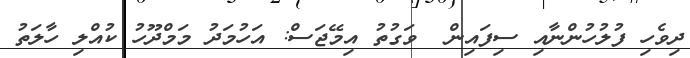
ދިވެހި ފުލުހުންނާއި ސިފައިން  ވަގުތު އިމޭޖަސް: އަހުމަދު މަމްދޫހު ކުއްލި ހާލަތު